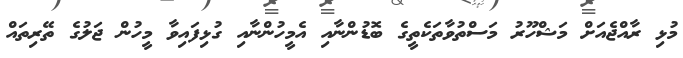
މުޅި ރާއްޖެއަށް މަޝްހޫރު މަސްތުވާތަކެތީގެ ބޮޑުންނާއި އެމީހުންނާއި ގުޅިފައިވާ މީހުން ޖަލުގެ ތޭރިތައް